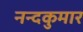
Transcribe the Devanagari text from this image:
नन्दकुमार